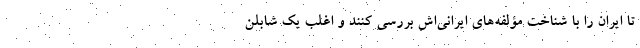
تا ایران را با شناخت مؤلفه‌های ایرانی‌اش بررسی کنند و اغلب یک شابلن